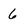
Character: 6